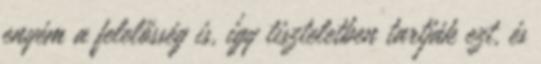
enyém a felelősség is, így tiszteletben tartják ezt, és